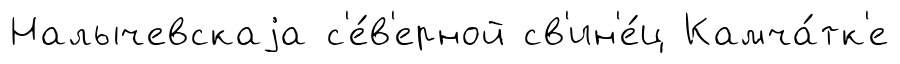
Налычевскаjа с'е́в'ерной св'ин'е́ц Камча́тк'е